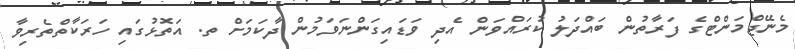
މެނޭޖްމަންޓްގެ ފަރާތުން ބައްދަލު ކުރައްވަން އެދި ވަޑައިގަންނަވަމުން ދާކަމަށް ތ. އަތޮޅުގައި ހަރަކާތްތެރިވާ